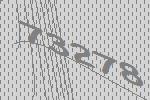
73278